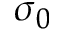
\sigma _ { 0 }